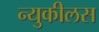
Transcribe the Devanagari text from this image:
न्युकीलस